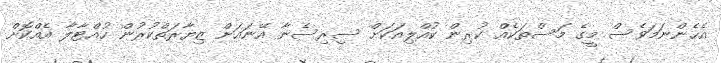
އެހެންނަމަވެސް މީގެ މަސްތަކެއް ކުރިން ކުއްލިއަކަށް ސިރިސެނާ އޭނައަށް ޒިޔާރަތްކުރުން ހުއްޓާލާ އެއްކޮށް